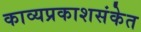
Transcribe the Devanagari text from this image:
काव्यप्रकाशसंकेत